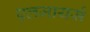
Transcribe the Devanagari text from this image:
एलजायर्स